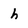
Character: h